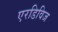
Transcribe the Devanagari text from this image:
एरडिविज